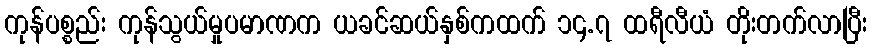
ကုန်ပစ္စည်း ကုန်သွယ်မှုပမာဏက ယခင်ဆယ်နှစ်ကထက် ၁၄.၇ ထရီလီယံ တိုးတက်လာပြီး